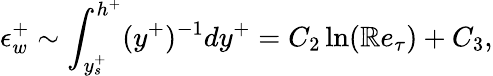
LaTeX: \epsilon_{w}^{+}\sim\int_{y_{s}^{+}}^{h^{+}}(y^{+})^{-1}dy^{+}=C_{2}\ln(\mathbb{R}e_{\tau})+C_{3},